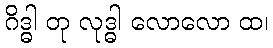
ဂိဒ္ဓါ တု လုဒ္ဓါ လောလော ထ၊